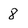
Character: 8